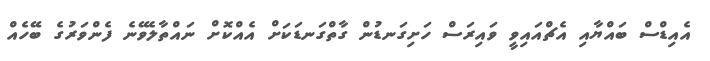
އެއިޑްސް ބައްޔާއި އެޗްއައިވީ ވައިރަސް ހަށިގަނޑުން ގާތްގަނޑަކަށް އެއްކޮށް ނައްތާލެވޭނެ ފެންވަރުގެ ބޭހެއް